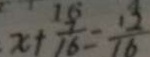
x + \frac { 7 } { 1 6 } = \frac { 1 2 } { 1 6 }